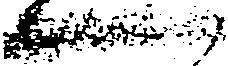
一